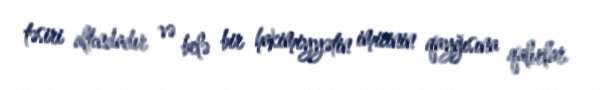
təsiri altındadır və belə bir hakimiyyətin imicinin qayğısına qalırlar.